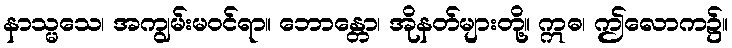
နာသ္မသေ၊ အကျွမ်းမဝင်ရာ။ ဘောန္တော၊ အိုနတ်များတို့။ ဣဓ၊ ဤလောက၌။